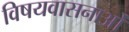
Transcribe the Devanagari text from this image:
विषयवासनाओं